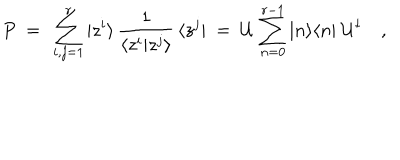
LaTeX: P \ = \ \sum _ { i , j = 1 } ^ { r } | z ^ { i } \rangle \, \frac { 1 } { \langle z ^ { i } | z ^ { j } \rangle } \, \langle z ^ { j } | \ = \ { \cal U } \, \sum _ { n = 0 } ^ { r - 1 } | n \rangle \langle n | \; { \cal U } ^ { \dagger } \quad ,